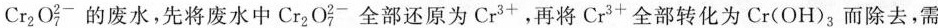
(4)Cr_{2}O_{7}^{2-}的废水，先将废水中Cr_{2}O_{7}^{2-}全部还原为Cr^{+}，再将Cr^{3+}全部转化为Cr(OH)_{3}而除去，需